Document type: Oath
Year: 1447
Scribe: Pere Figuerola
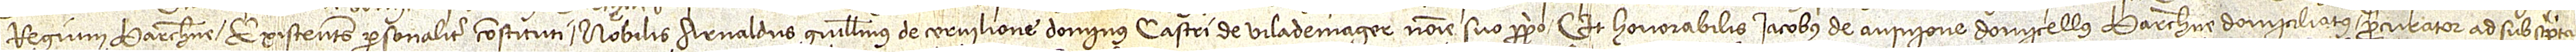
regium Barchinone, existentes personaliter constituti nobilis Arnaldus Guillelmus de Cervilione, dominus castri de Vilademager, nomine suo proprio, et honorabilis Iacobus de Avinione, domicellus Barchinone domiciliatus, procurator ad subscripta